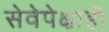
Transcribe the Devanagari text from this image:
सेवेपेक्षाही